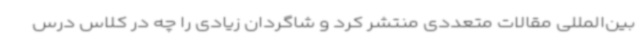
بین‌المللی مقالات متعددی منتشر کرد و شاگردان زیادی را چه در کلاس درس